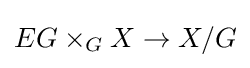
EG\times _{G}X\to X/G